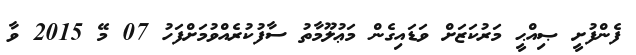
ފެންފުށީ ޞިއްޙީ މަރުކަޒަށް ވަޑައިގެން މަޢުލޫމާތު ސާފުކުރެއްވުމަށްފަހު 07 މޭ 2015 ވާ